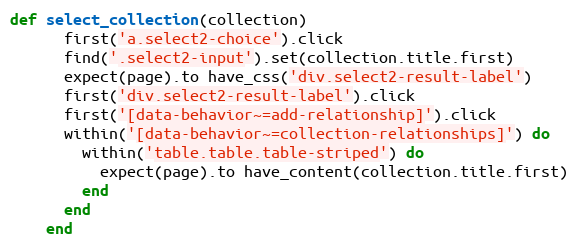
Language: Ruby
def select_collection(collection)
      first('a.select2-choice').click
      find('.select2-input').set(collection.title.first)
      expect(page).to have_css('div.select2-result-label')
      first('div.select2-result-label').click
      first('[data-behavior~=add-relationship]').click
      within('[data-behavior~=collection-relationships]') do
        within('table.table.table-striped') do
          expect(page).to have_content(collection.title.first)
        end
      end
    end